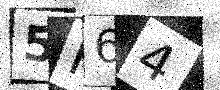
Text: 5H64